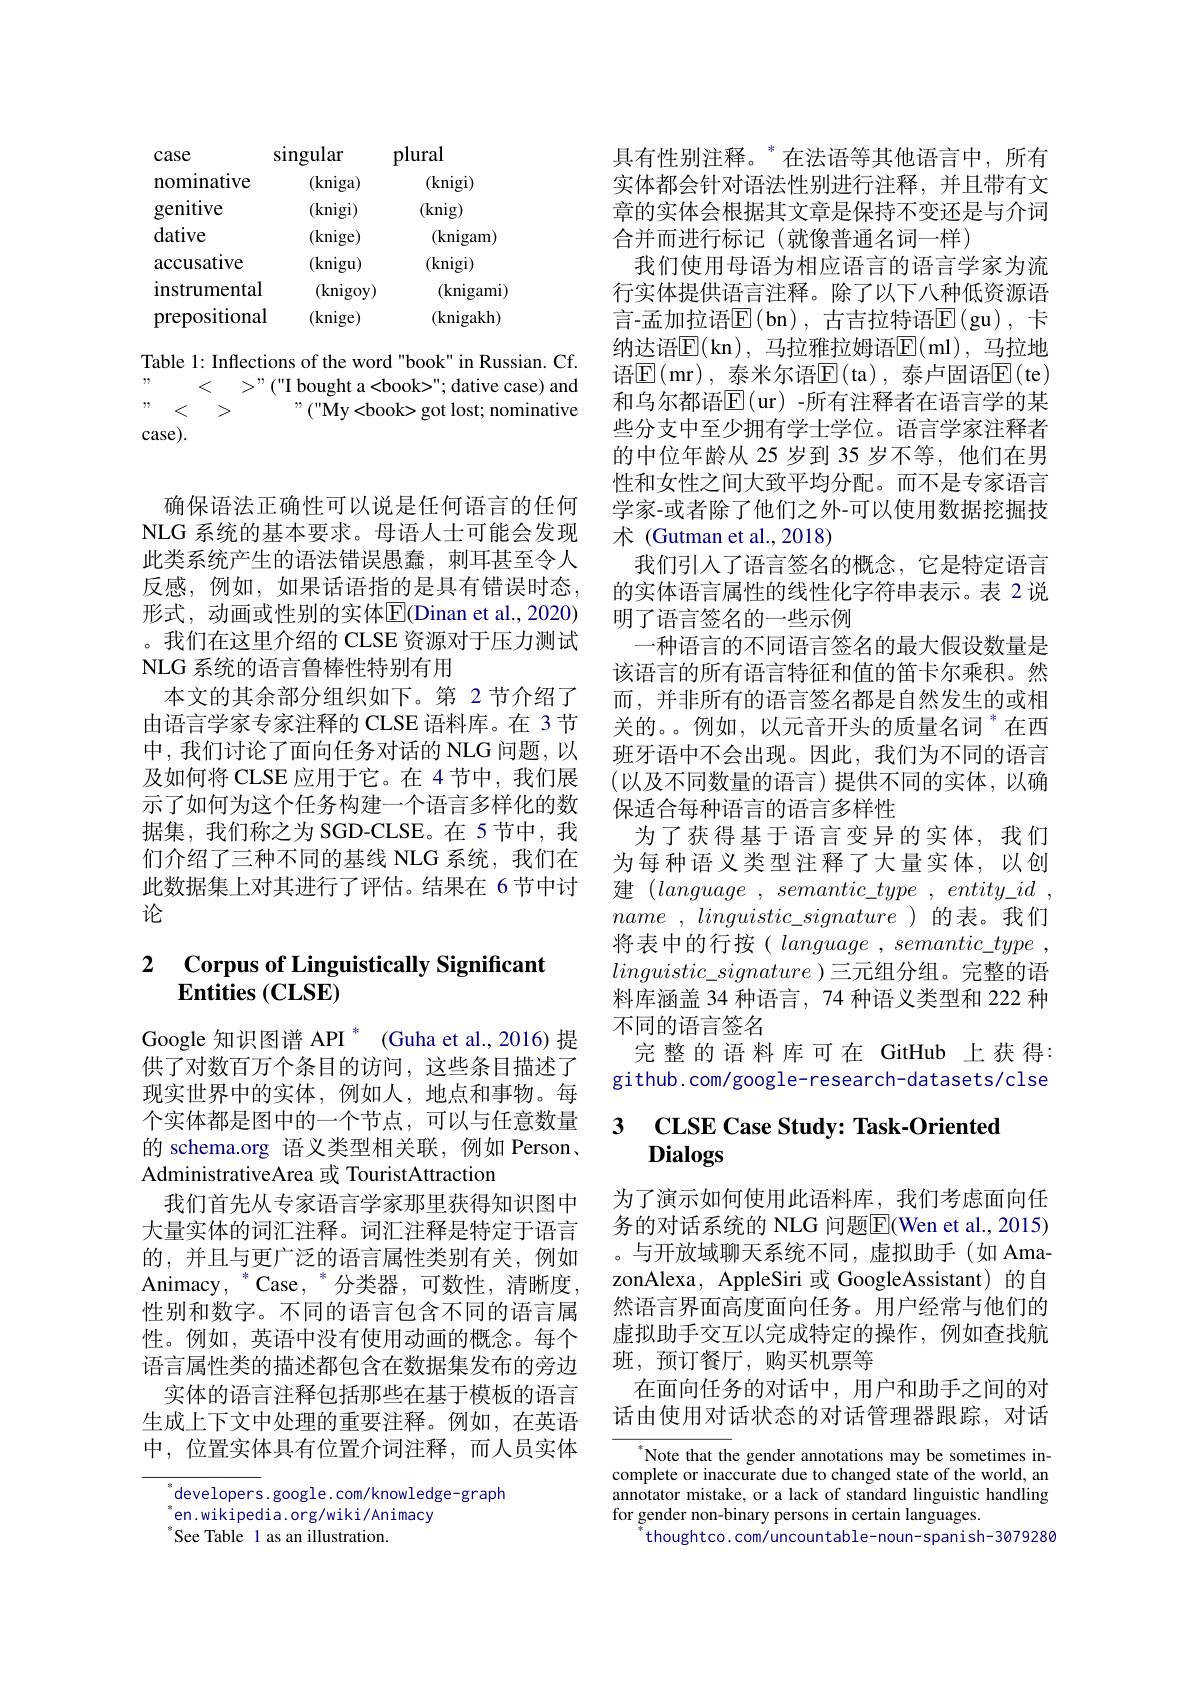
<table>
	<tbody>
		<tr>
			<th>case</th>
			<th>singular</th>
			<th>plural</th>
		</tr>
		<tr>
			<td>nominative</td>
			<td>(kniga)</td>
			<td>(knigi)</td>
		</tr>
		<tr>
			<td>genitive</td>
			<td>(knigi)</td>
			<td>(knig)</td>
		</tr>
		<tr>
			<td>dative</td>
			<td>(knige)</td>
			<td>(knigam)</td>
		</tr>
		<tr>
			<td>accusative</td>
			<td>(knigu)</td>
			<td>(knigi)</td>
		</tr>
		<tr>
			<td>instrumental</td>
			<td>(knigoy)</td>
			<td>(knigami)</td>
		</tr>
		<tr>
			<td>prepositional</td>
			<td>(knige)</td>
			<td>(knigakh)</td>
		</tr>
	</tbody>
</table>

Table 1: Inflections of the word "book" in Russian. Cf. $\begin{array}{rcl}{”}&{<}&{>”("I\text{ bought a <book>" dative case) and}}\\{”}&{<}&{>}\end{array}$
$”($"My<book> got lost; nominative
case).

确保语法正确性可以说是任何语言的任何NLG 系统的基本要求。母语人士可能会发现此类系统产生的语法错误愚蠢，刺耳甚至令人反感，例如，如果话语指的是具有错误时态， 形式，动画或性别的实体$\overline{\mathrm{E}}($Dinan et al.,2020) 。我们在这里介绍的 CLSE 资源对于压力测试NLG 系统的语言鲁棒性特别有用
本文的其余部分组织如下。第 2 节介绍了由语言学家专家注释的 CLSE 语料库。在 3节中，我们讨论了面向任务对话的 NLG 问题，以及如何将 CLSE 应用于它。在 4节中，我们展示了如何为这个任务构建一个语言多样化的数据集，我们称之为 SGD-CLSE。在 5 节中，我们介绍了三种不同的基线 NLG 系统，我们在此数据集上对其进行了评估。结果在 6节中讨论

### 2 $\textbf{Corpus of Linguistically Significan}$ $\textbf{Entities }( \mathbf{CLSE})$

Google 知识图谱 API $^*$ (Guha et al.,2016) 提供了对数百万个条目的访问，这些条目描述了现实世界中的实体，例如人，地点和事物。每个实体都是图中的一个节点，可以与任意数量的 schema.org 语义类型相关联，例如 Person , AdministrativeArea 或 TouristAttraction
我们首先从专家语言学家那里获得知识图中大量实体的词汇注释。词汇注释是特定于语言的，并且与更广泛的语言属性类别有关，例如${\mathrm{Animacy,~}^*}{\mathrm{Case,~}^*}{\text{分类器，可数性，清晰度，}}$ 性别和数字。不同的语言包含不同的语言属性。例如，英语中没有使用动画的概念。每个语言属性类的描述都包含在数据集发布的旁边
实体的语言注释包括那些在基于模板的语言生成上下文中处理的重要注释。例如，在英语中，位置实体具有位置介词注释，而人员实体

$^{*}$developers.google.com/knowledge-graph
 en. wikipedia. org/ wiki/ Animacy
See Table 1 as an illustration.

术 (Gutman et al., 2018)

具有性别注释。“在法语等其他语言中，所有实体都会针对语法性别进行注释，并且带有文章的实体会根据其文章是保持不变还是与介词合并而进行标记(就像普通名词一样)
我们使用母语为相应语言的语言学家为流行实体提供语言注释。除了以下八种低资源语言-孟加拉语$\operatorname{E}($bn),古吉拉特语$\operatorname{E}($gu),卡纳达语$\overline{\mathrm{E}}($kn),马拉雅拉姆语$\overline{\mathrm{E}}($ml),马拉地语$\operatorname{E}($mr),泰米尔语$\operatorname{E}($ta),泰卢固语$\operatorname{E}($te) 和乌尔都语$\mathbb{E}($ur)-所有注释者在语言学的某些分支中至少拥有学士学位。语言学家注释者的中位年龄从 25 岁到 35 岁不等，他们在男性和女性之间大致平均分配。而不是专家语言学家-或者除了他们之外-可以使用数据挖掘技
我们引人了语言签名的概念，它是特定语言的实体语言属性的线性化字符串表示。表 2 说明了语言签名的一些示例
一种语言的不同语言签名的最大假设数量是该语言的所有语言特征和值的笛卡尔乘积。然而，并非所有的语言签名都是自然发生的或相关的。。例如，以元音开头的质量名词 $^{*}$在西班牙语中不会出现。因此，我们为不同的语言(以及不同数量的语言)提供不同的实体，以确保适合每种语言的语言多样性
为了获得基于语言变异的实体，我们为每种语义类型注释了大量实体，以创建$( language$ , $semantic\_ type$ , $entity\_ id$ , name , $linguistic\_ signature$)的表。我们将表中的行按( language $, semantic\_ type$ , $linguistic\_signature$ )三元组分组。完整的语料库涵盖 34 种语言，74 种语义类型和 222 种不同的语言签名
完整的语料库可在 GitHub 上获得： github. com/ google- research-datasets/ clse

## 3 $\mathbf{CLSECase~Study: ~Task- Oriented}$ Dialogs

为了演示如何使用此语料库，我们考虑面向任务的对话系统的 NLG 问题$\overline{\mathrm{E}}($Wen et al., 2015) 。与开放域聊天系统不同，虚拟助手(如 AmazonAlexa, AppleSiri 或 GoogleAssistant) 的自然语言界面高度面向任务。用户经常与他们的虚拟助手交互以完成特定的操作，例如查找航班，预订餐厅，购买机票等
在面向任务的对话中，用户和助手之间的对话由使用对话状态的对话管理器跟踪，对话

Note that the gender annotations may be sometimes incomplete or inaccurate due to changed state of the world, an annotator mistake, or a lack of standard linguistic handling for gender non-binary persons in certain languages.
$^{*}$thoughtco. com/uncountable- noun- spanish-3079280